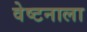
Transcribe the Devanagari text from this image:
वेष्टनाला